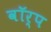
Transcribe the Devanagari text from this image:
वॉर्प